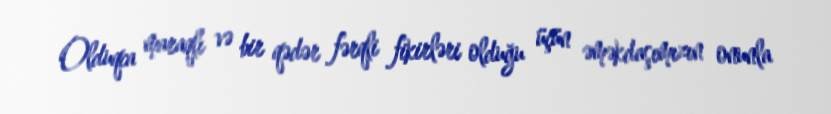
Olduqca maraqlı və bir qədər fərqli fikirləri olduğu üçün əməkdaşımızın onunla